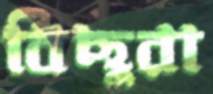
বিছুরা